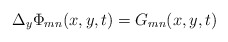
\begin{align*} \Delta_y \Phi_{mn}(x,y,t)=G_{mn}(x,y,t)\end{align*}